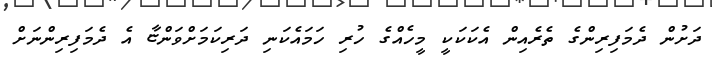
ދަށުން ދެމަފިރިންގެ ތެރެއިން އެކަކަކީ މީހެއްގެ ހުރި ހަމައެކަނި ދަރިކަމަށްވަންޏާ އެ ދެމަފިރިންނަށް